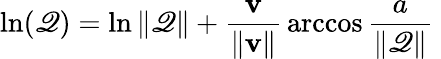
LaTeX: \ln(\mathscr{Q})=\ln\| \mathscr{Q}\| +{\frac{{\mathbf{{v}}}}{{\| \mathbf{{v}}\| }}}\operatorname{arccos}{\frac{{a}}{{\| \mathscr{Q}\| }}}~